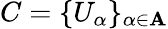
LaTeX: C=\{ U_{\alpha}\} _{\alpha\in\mathbf{A}}